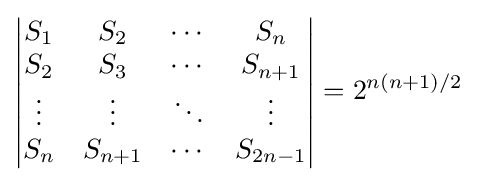
{\begin{vmatrix}S_{1}&S_{2}&\cdots &S_{n}\\S_{2}&S_{3}&\cdots &S_{n+1}\\\vdots &\vdots &\ddots &\vdots \\S_{n}&S_{n+1}&\cdots &S_{2n-1}\end{vmatrix}}=2^{n(n+1)/2}